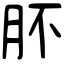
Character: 肧